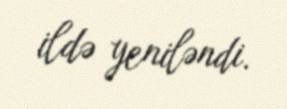
ildə yeniləndi.